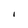
Character: I